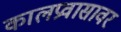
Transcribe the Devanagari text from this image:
कालप्रवासावर